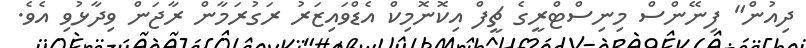
ދިއުން" ފިނޭންސް މިނިސްޓްރީގެ ޗީފް އިކޮނޮމިކް އެޑްވައިޒަރު ރަގުރަމާން ރާޖަން ވިދާޅުވި އެވެ.